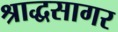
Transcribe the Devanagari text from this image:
श्राद्धसागर